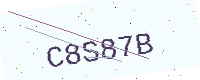
Text: C8S87B